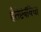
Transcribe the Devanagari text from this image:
हैतेष्टेबंविधा